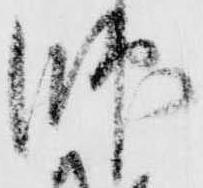
師